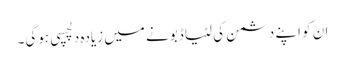
ان کو اپنے دشمن کی لٹیا ڈبونے میں زیادہ دلچسپی ہوگی۔